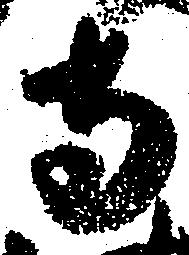
寺